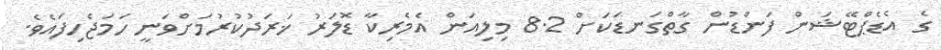
ގެ އެޑެޕްޓޭޝަން ފަންޑުން ގާތްގަނޑަކަށް 8.2 މިލިއަން އެމެރިކާ ޑޮލަރު ޚަރަދުކުރުމަށްވަނީ ހަމަޖެހިފައެވެ.